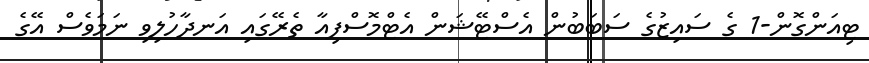
ޓިއަންގޮން-1 ގެ ސައިޒުގެ ސަބަބުން އެސްޓޭޝަން އެޓްމޮސްފިއާ ތެރޭގައި އަނދާހުލިވި ނަމަވެސް އޭގެ